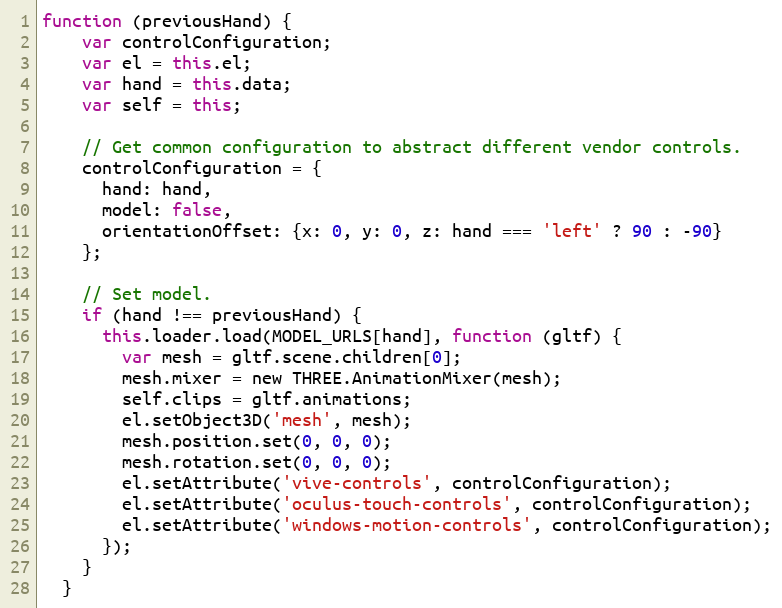
Language: JavaScript
function (previousHand) {
    var controlConfiguration;
    var el = this.el;
    var hand = this.data;
    var self = this;

    // Get common configuration to abstract different vendor controls.
    controlConfiguration = {
      hand: hand,
      model: false,
      orientationOffset: {x: 0, y: 0, z: hand === 'left' ? 90 : -90}
    };

    // Set model.
    if (hand !== previousHand) {
      this.loader.load(MODEL_URLS[hand], function (gltf) {
        var mesh = gltf.scene.children[0];
        mesh.mixer = new THREE.AnimationMixer(mesh);
        self.clips = gltf.animations;
        el.setObject3D('mesh', mesh);
        mesh.position.set(0, 0, 0);
        mesh.rotation.set(0, 0, 0);
        el.setAttribute('vive-controls', controlConfiguration);
        el.setAttribute('oculus-touch-controls', controlConfiguration);
        el.setAttribute('windows-motion-controls', controlConfiguration);
      });
    }
  }